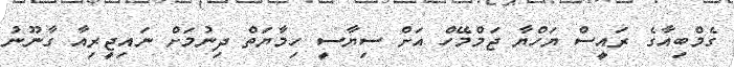
ގެމްބިއާގެ ރައީސް ޔަހްޔާ ޖަމްމޭހް އަށް ސިޔާސީ ހިމާޔަތް ދިނުމަށް ނައިޖީރިއާ ގާނޫނު